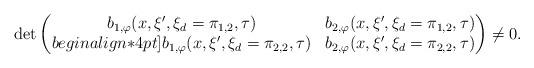
LaTeX: \begin{align*} \det \begin{pmatrix} b_{1,\varphi}(x,\xi',\xi_d=\pi_{1,2},\tau) & b_{2,\varphi}(x,\xi',\xi_d=\pi_{1,2},\tau) \\begin{align*}4pt] b_{1,\varphi}(x,\xi',\xi_d=\pi_{2,2},\tau) & b_{2,\varphi}(x,\xi',\xi_d=\pi_{2,2},\tau)\end{pmatrix}\neq 0.\end{align*}